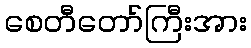
စေတီတော်ကြီးအား